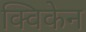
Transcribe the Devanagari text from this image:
क्विकेन